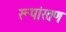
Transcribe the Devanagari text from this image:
रूपांरतण